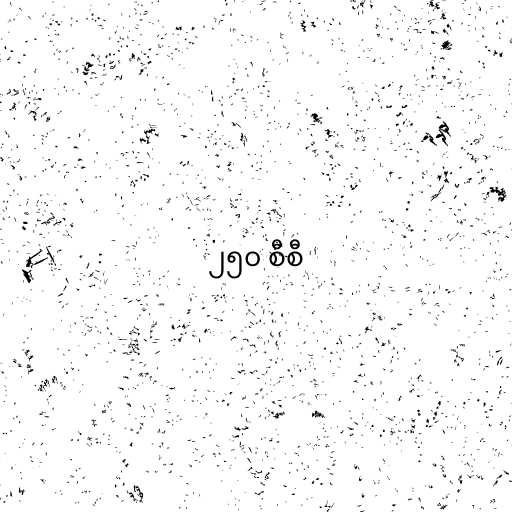
၂၅၀ စီစီ